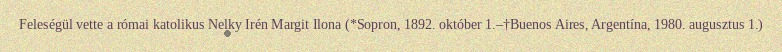
Feleségül vette a római katolikus Nelky Irén Margit Ilona (*Sopron, 1892. október 1.–†Buenos Aires, Argentína, 1980. augusztus 1.)